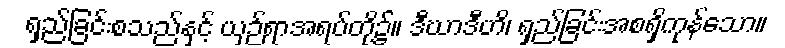
ရှည်ခြင်းစသည်နှင့် ယှဉ်ရာအရပ်တို့၌။ ဒီဃာဒီဟိ၊ ရှည်ခြင်းအစရှိကုန်သော။